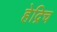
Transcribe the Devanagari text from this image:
हेद्रिच